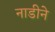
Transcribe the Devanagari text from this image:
नाडीने